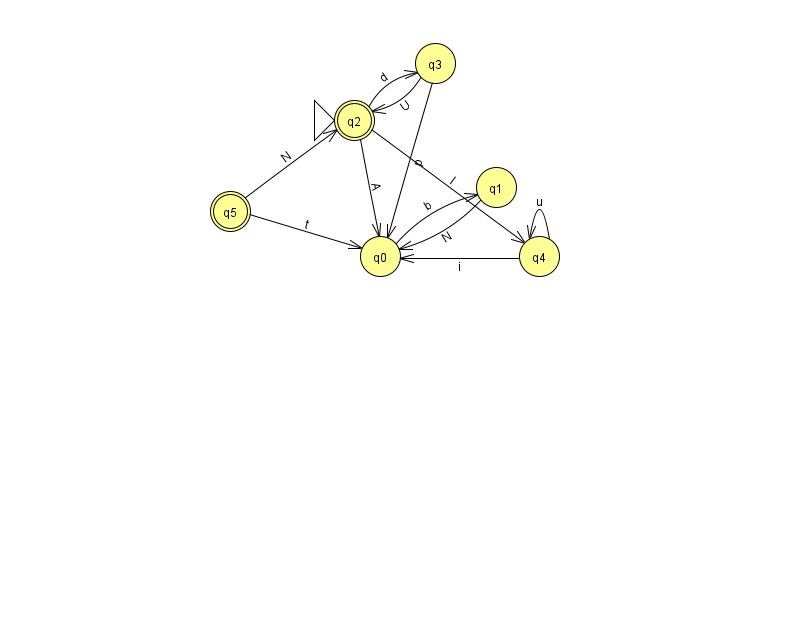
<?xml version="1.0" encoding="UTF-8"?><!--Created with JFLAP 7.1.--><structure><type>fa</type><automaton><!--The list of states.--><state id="0" name="q0"><x>380.0</x><y>243.0</y></state><state id="1" name="q1"><x>496.0</x><y>174.0</y></state><state id="2" name="q2"><x>354.0</x><y>107.0</y><initial/><final/></state><state id="3" name="q3"><x>435.0</x><y>50.0</y></state><state id="4" name="q4"><x>539.0</x><y>243.0</y></state><state id="5" name="q5"><x>230.0</x><y>198.0</y><final/></state><!--The list of transitions.--><transition><from>1</from><to>0</to><read>N</read></transition><transition><from>4</from><to>4</to><read>u</read></transition><transition><from>3</from><to>2</to><read>U</read></transition><transition><from>2</from><to>3</to><read>d</read></transition><transition><from>4</from><to>0</to><read>i</read></transition><transition><from>0</from><to>1</to><read>b</read></transition><transition><from>5</from><to>0</to><read>t</read></transition><transition><from>2</from><to>0</to><read>A</read></transition><transition><from>2</from><to>4</to><read>l</read></transition><transition><from>5</from><to>2</to><read>N</read></transition><transition><from>3</from><to>0</to><read>p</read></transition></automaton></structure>